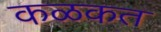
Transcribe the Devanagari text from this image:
कळकत